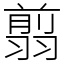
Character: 翦